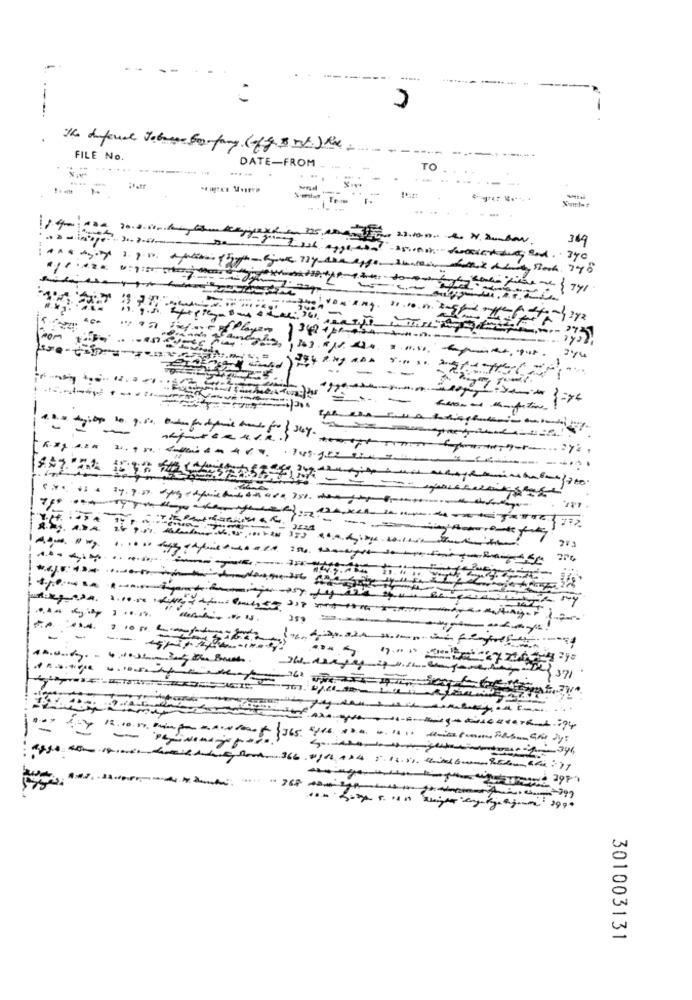
-----
FILE No.
... ..
DATE-FROM
TO
14
369
...
3.
1 ..... n. :-
7 50
-
- -
213
----
-
-..
...
$371
301003131